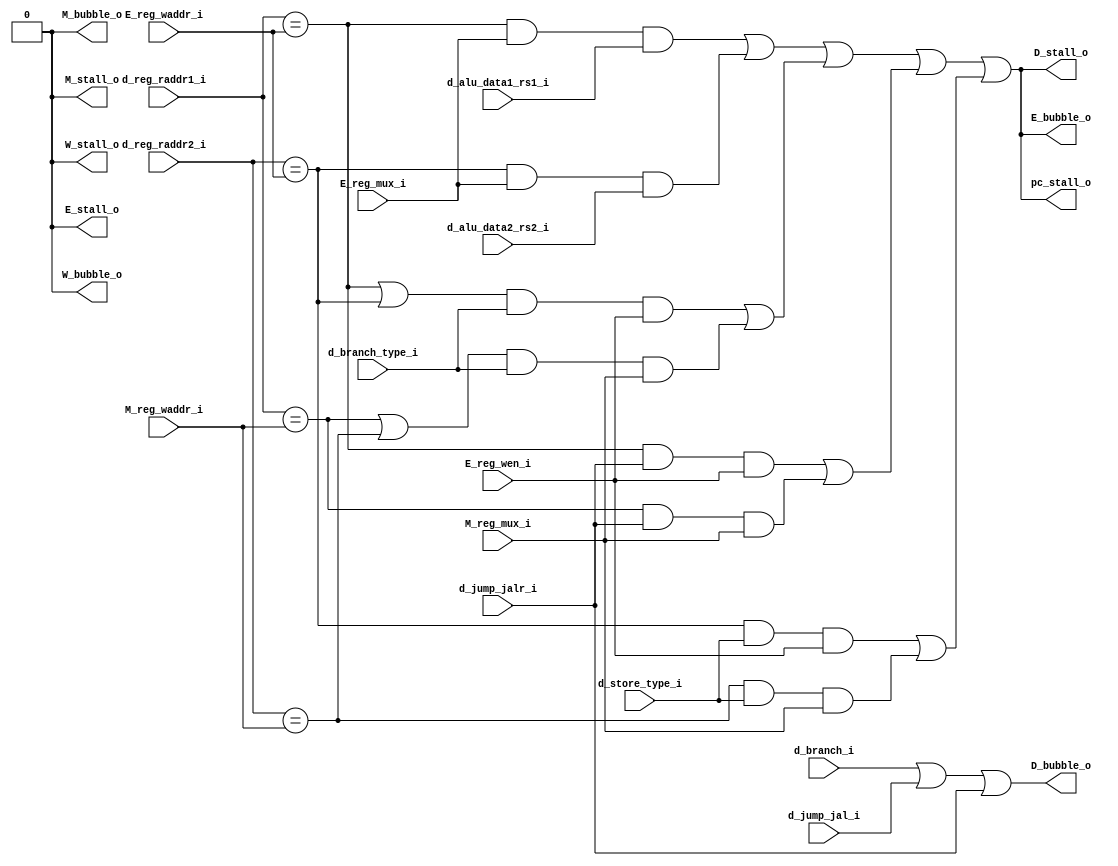
module pipe_control(
    // from d
    input   [4:0]   d_reg_raddr1_i,
    input   [4:0]   d_reg_raddr2_i,
    input           d_branch_i,
    input           d_jump_jal_i,
    input           d_jump_jalr_i,
    input           d_store_type_i,
    input           d_branch_type_i,
    input           d_alu_data1_rs1_i,
    input           d_alu_data2_rs2_i,
    // from E
    input   [4:0]   E_reg_waddr_i,
    input           E_reg_mux_i,
    input           E_reg_wen_i,
    // from M
    input   [4:0]   M_reg_waddr_i,
    input           M_reg_mux_i,
    output          pc_stall_o,
    output          D_bubble_o,
    output          D_stall_o,
    output          E_bubble_o,
    output          E_stall_o,
    output          M_bubble_o,
    output          M_stall_o,
    output          W_bubble_o,
    output          W_stall_o
);

    wire rs1_ld_use_conflict;
    wire rs2_ld_use_conflict;
    assign rs1_ld_use_conflict = (d_reg_raddr1_i == E_reg_waddr_i) && E_reg_mux_i && d_alu_data1_rs1_i;
    assign rs2_ld_use_conflict = (d_reg_raddr2_i == E_reg_waddr_i) && E_reg_mux_i && d_alu_data2_rs2_i;
    wire ld_use_conflict;
    assign ld_use_conflict = rs1_ld_use_conflict | rs2_ld_use_conflict;
    wire branch_conflict1;
    assign branch_conflict1 = ((d_reg_raddr1_i == E_reg_waddr_i) || (d_reg_raddr2_i == E_reg_waddr_i)) && d_branch_type_i && E_reg_wen_i;
    wire branch_conflict2;
    assign branch_conflict2 = ((d_reg_raddr1_i == M_reg_waddr_i) || (d_reg_raddr2_i == M_reg_waddr_i)) && d_branch_type_i && M_reg_mux_i;
    wire branch_conflict;
    assign branch_conflict = branch_conflict1 || branch_conflict2;
    wire jump_conflict1;
    assign jump_conflict1 = (d_reg_raddr1_i == E_reg_waddr_i) && d_jump_jalr_i && E_reg_wen_i;
    wire jump_conflict2;
    assign jump_conflict2 = (d_reg_raddr1_i == M_reg_waddr_i) && d_jump_jalr_i && M_reg_mux_i;
    wire jump_conflict;
    assign jump_conflict = jump_conflict1 || jump_conflict2;
    wire store_conflict1;
    assign store_conflict1 = (d_reg_raddr2_i == E_reg_waddr_i) && d_store_type_i && E_reg_wen_i;
    wire store_conflict2;
    assign store_conflict2 = (d_reg_raddr2_i == M_reg_waddr_i) && d_store_type_i && M_reg_mux_i;
    wire store_conflict;
    assign store_conflict = store_conflict1 || store_conflict2;

    assign pc_stall_o = ld_use_conflict || branch_conflict || jump_conflict || store_conflict;
    assign D_stall_o = ld_use_conflict || branch_conflict || jump_conflict || store_conflict;
    assign D_bubble_o = d_branch_i || d_jump_jal_i || d_jump_jalr_i;
    assign E_bubble_o = ld_use_conflict || branch_conflict || jump_conflict || store_conflict; 
    assign E_stall_o = 1'b0;
    assign M_bubble_o = 1'b0;
    assign M_stall_o = 1'b0;
    assign W_bubble_o = 1'b0;
    assign W_stall_o = 1'b0;
endmodule